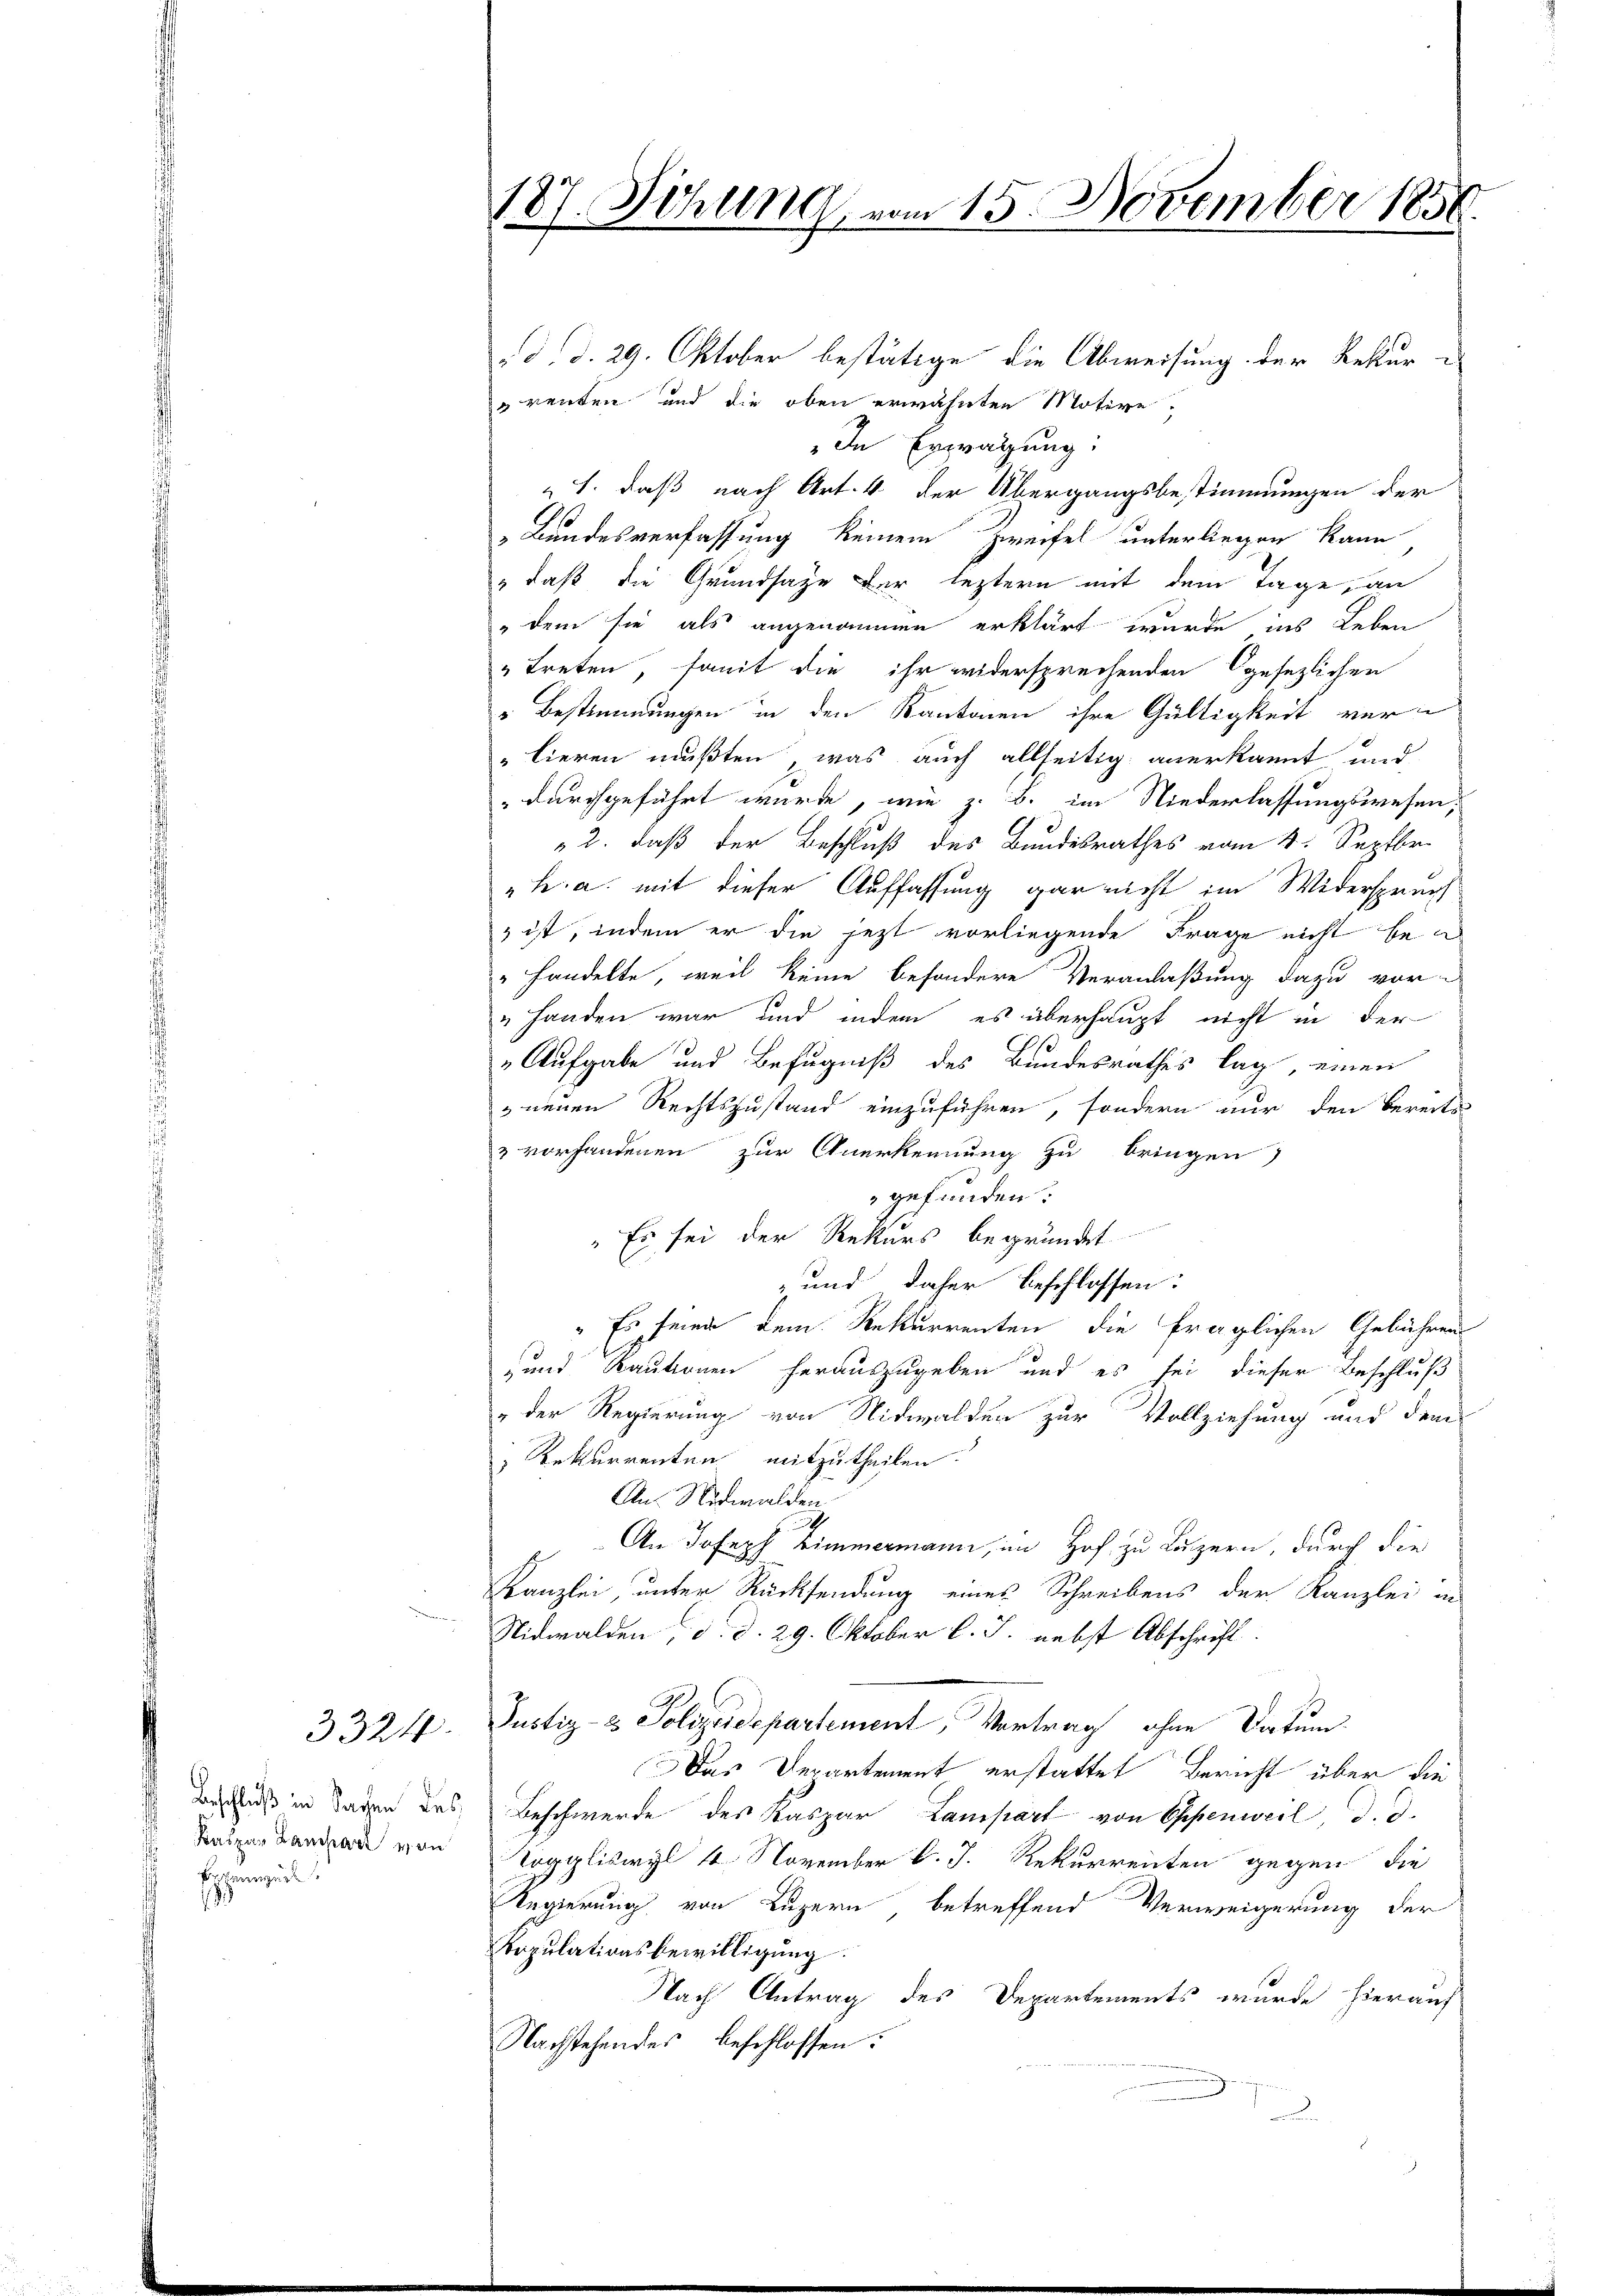
3324.

Beschluß in Sachen des
Kaspar Lauchart von
Eppenzede

. d. d. 29. Oktober bestätige die Abweisung der Rekururenten und die oben erwähnten Motive,
„In Erwägung.
" 1. daß nach Art. 4 der Übergangsbestimmungen der
Bundesverfassung keinem Zweifel unterliegen kann
" daß die Grundsaze der leztern mit dem Tage, an
" dem sie als angenommen erklärt wurde ins Leben
" treten, famit die ihr widersprechenden gesezlichen
" Bestimmungen in den Kantonen ihre Gültigkeit ver-
lieren mußten, was auch allseitig anerkannt und
" durchgeführt wurde, wie z. B. im Niederlassungswesen;
2. daß der Beschluß des Bundesrathes vom 4. Septbr.
" h. a. mit dieser Auffassung gar nicht im Widerspruch
" ist, indem er die jetzt vorliegende Frage nicht bei
" handelte, weil keine besondere Veranlaßung dazu vor-
" handen war und indem es überhaupt nicht in der
Aufgabe und Befugniß des Bundesrathes lag, einen
 neuen Rechtszustand einzuführen, sondern nur den bereits-
& vorhandenen zur Anerkennung zu bringen
gefunden.
"Es sei der Rekurs begründet
 und daher beschlossen:
" Es seien dem Rekurrenten die fraglichen Gebühren
 und Kautionen herauszugeben und es sei dieser Beschluß
& der Regierung von Nidwalden zur Vollziehung und dem
 Rekurrenten mitzutheilen.
An Nidwalden
.
An Joseph Zimmermann, im Hof zu Luzern, durch die
Kanzlei, unter Rücksendung eines Schreibens der Kanzlei in
Nidwalden, d. d. 29. Oktober l. J. nebst Abschrift
Justiz- & Polizeiespartement, Vortrag ohne Datum
Das Departement erstattet Bericht über die
Beschwerde des Kaspar Lampart von Oppenweil, d. d.
Togglisirzl 4 November k. J. Rekurrenten gegen die
Regierung von Luzern betreffend Verweigerung der
Bopulationsbewilligung.
Nach Antrag des Departements wurde hierauf
Nachstehendes beschlossen:
u

187. Sitzung vom 15. November 1856.